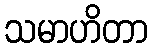
သမာဟိတာ